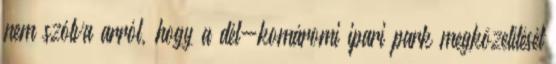
nem szólva arról, hogy a dél-komáromi ipari park megközelítését